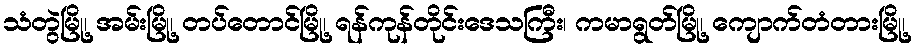
သံတွဲမြို့၊ အမ်းမြို့၊ တပ်တောင်မြို့၊ ရန်ကုန်တိုင်းဒေသကြီး၊ ကမာရွတ်မြို့၊ ကျောက်တံတားမြို့၊